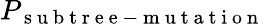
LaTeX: P_{\mathrm{~s~u~b~t~r~e~e~-~m~u~t~a~t~i~o~n~}}